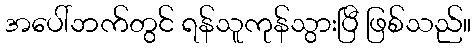
အပေါ်ဘက်တွင် ရန်သူကုန်သွားပြီ ဖြစ်သည်။